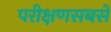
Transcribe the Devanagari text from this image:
परीक्षणसबसे